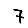
Digit: 7